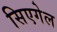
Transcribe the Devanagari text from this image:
सिएगेल